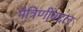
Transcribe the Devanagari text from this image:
मैत्रिणींबद्दल